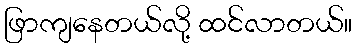
ဖြာကျနေတယ်လို့ ထင်လာတယ်။